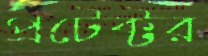
প্রটেক্টর